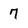
Character: 7